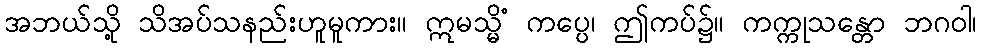
အဘယ်သို့ သိအပ်သနည်းဟူမူကား။ ဣမသ္မိံ ကပ္ပေ၊ ဤကပ်၌။ ကက္ကုသန္တော ဘဂဝါ၊